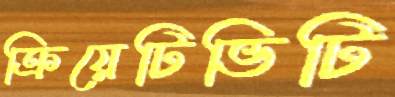
ক্রিয়েটিভিটি